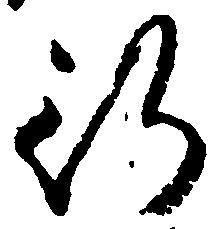
行